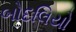
બોદલિયો